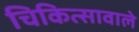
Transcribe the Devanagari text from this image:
चिकित्सावाले